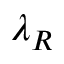
\lambda _ { R }